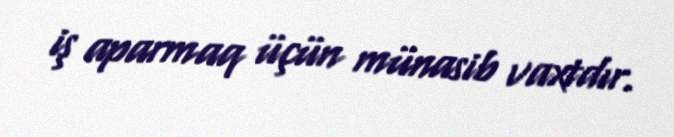
iş aparmaq üçün münasib vaxtdır.